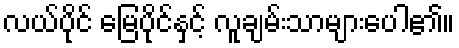
လယ်ပိုင် မြေပိုင်နှင့် လူချမ်းသာများပေါ၏။